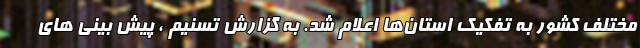
مختلف کشور به تفکیک استان‌ها اعلام شد. به گزارش تسنیم ، پیش بینی های